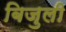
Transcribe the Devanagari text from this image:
बिजुली